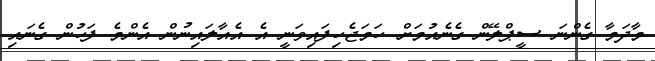
މާދަމާ ގެންނަ ސީޕްލޭން ގެނެއުމަށް ހަމަޖެހިފައިވަނީ އެ އެއާލައިނުން އެންމެ ފަހުން ގެނައި